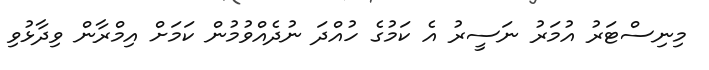
މިނިސްޓަރު އުމަރު ނަސީރު އެ ކަމުގެ ހުއްދަ ނުދެއްވުމުން ކަމަށް އިމްރާން ވިދާޅުވި